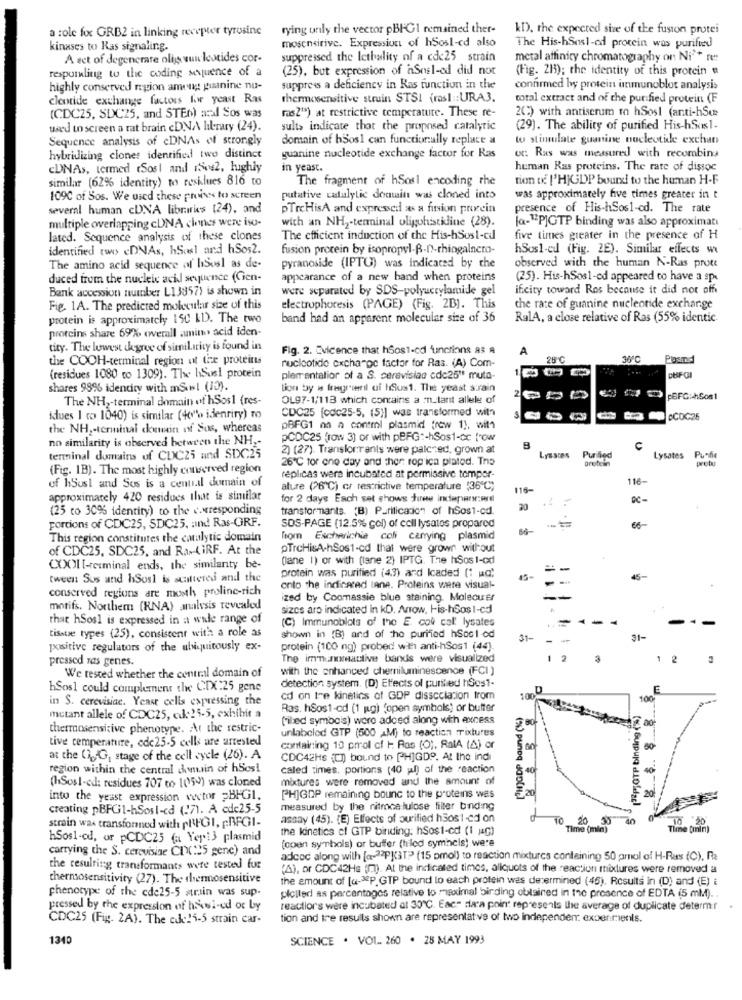
a :ole for GRB2 in linking recepter tyrosine
rying unly the vector pBIGI remained ther-
KD), the expected size of the fusion protei
moscneirive. Expression of hSosl-cd also
kinases to Ras signaling.
The His-hSosl-od protein was purified
A set of degenerate olig wuw lestides cor-
suppressed the Iethality of a cdc25 strain
metal affinity chromatography on Ni"* re
respurling to the coding sequence of a
(25), but expression of aSnel-ed did not
(Fig. 213); the identity of this protein
highly conserved region among guanine nu-
suppress a deficiency in Ras function in the
confirmed by protein inmunoblot analysis
cleotide exchange factors for yeast Ras
thermosensitive struin STSI (rosl :: URA3.
total extract and of the purified protein (F
ras2"") at restrictive temperature. These re-
2() with antiserum to hSosl (anti-hSee
(CDC25, SDC25, and STEn) azal Sos was
used to screen a rat brain cDNA library (24).
sults indicate that the proposed catalytic
(29). The ability of purified His-hSos1-
Sequence analysis of cDNAs of strongly
domain of hSos1 can functionally replace a
to stimulate guanine nucleotide exchan
hybridizing clones identified two distinct
guanine nucleotide exchange factor for Ras
ut: Ras was measured with recombina
CDNAs, termed tSos! and rovs2, highly
in yeast.
human Ras proteins. The rate of dissoc
similar (62% identity) to residues 816 to
The fragment of hSos1 encoding the
tion of ['H)GDP bourdi to the human H-F
109C of Sos. We used these proies to screen
putative catalytic dommin was cloned into
was approximately five times greater in t
several human cDNA libraries (24), and
pTrcHisA and expressed as a fusion pouzein
presence of His-hSos1-cd. The rate
with an NH2-terminal oligohistidine (28).
multiple overlapping cUNA clones were iso-
ja-"PJGTP binding was also approximati
lated. Sequence analysis of these clones
The efficient induction of the His-hSost-cd
five times greater in the presence of H
identified (w> DNAs, hSmal and hSos2.
fusion protein by isopropyl-B-D-rhiogalacto-
hSos1-ed (Fig. 2E). Similar effects w
The amino acid sequence of bSusl as de-
pyranoside (IPTU) was indicated by the
observed with the human N-Ras prote
duced from the nucleic acid sequence (Gen-
appearance of a new hand when proteins
(25). His-hSos1-od appeared to have a spr
Bank accession number L13857) is shown in
were separated by SDS-polyacrylamide gel
ifcity toward Res because it did not off
Fig. 1A. The predicted molecular size of this
electrophoresis (PAGE) (Fig. 2B). This
the rate of guanine nucleotide exchange
protein is approximately 150 kDD. The two
band had an apparent molecular size of 36
RalA, a close relative of Ras (55% identic.
proteins share 69% overall amino acid Iden-
tity. The lowest degree of similarity is found in
Fig. 2. Evicence that hSos1-cd functions as A
A
the COOH-terminal region of the proteints
nucleotide exchange factor for Ras. (A) Com-
28 ℃
36℃
(residues 1080 to 1309). The hSusi protein
plementalior of a S. cerevisiad cdc25" muta-
DUF CI
shares 98% idencity with mSul (10).
tion by a fragrveril of hSus1. The yeast strain
The NH2-terminal domain of hSos1 (res-
OL97-1/113 which contains a :n.tant allele of
pBFGi-hSos1
CDC25 [cdc25-5, (5)] was transformed with
idues 1 co 1040) is similar (46% idenriry) to
the NH ,- terminal ckumin of Sus, whereas
pBFG1 na a control plasmid (row 1], with
no similarity is observed between the NH ,-
pCDC25 (row 3) or with peFGt-hSos1-cc low
2) (27). Translorranis were palcred, grown at
B
C
terminal domains of CDC25 and SIXC:25
26℃ tor one day and then rop ica plated. The
Purified
Lysates Punfie
(Fig. 1B). The most highly conserved region
replicas were incubated at permissive tompor-
116-
of hSus1 and Sos is a centil domain of
ature (26℃) cr restrictive temperature (36 ℃;
116-
approximately 420 residues that is similar
for 2 days Each set shows firee indepers:mrd
(25 co 30% identity) to the c.wresponding
transfor mants. (B) Purification of hSos1-cd.
30
portions of CDC25, SDC25, and Ras-GRF.
SOS-PAGE (12.5% col) of coll lysatos propared
This region constitutes the catalytic domain
for Escherichia coli carrying plasmid
of CDC25, SDC25, and Raw-(iRF. At the
pTrcHisA-hSos1-cd that were grown without
(lane 1) or with (lane 2) IPTG. The hSos 1-od
COOL [-caminal ends, the similanty be-
tween Sus and host is scattered and the
protein was purified (43) and loaded [1 ud:
conserved regions are month proline-rich
ento the indicared tane. Proteins were visual-
ized by Coomassie blue staining. Molecuer
motifs. Northem (RNA) analysis revealed
sizes aro indicated in kD. Arrow, His-hSos 1-cd
that hSosl is expressed in a wide range of
(C) Immunoblots of the E. col cal' lysates
-
--
tissue types (25), consistent with a role as
shown in (B) and of the purified hSost od
31-
31-
positive regulators of the ubiquitously ex-
protein (100 ng) probed with anti-hSos1 (44).
pressed ras genes.
The immunomattive bands were visualized
2
1
2
with the enhanced chemiluminescence (FCI )
We rested whether the central domain of
detection system. (D) Effects of purified hSes1-
hSos1 could complement the CDC:25 gene
in S. cerevisiae. Yeast cells expressing the
od on tre kinetics of GDP dissociation from
Ras. hSos1-od (1 pg) "open symbols) or butter
[H]GDP bound (%)
3P OTP binding (%)
mutant allele of CDC25, cd:25-5, exhibit a
('ibed symbo's) were added along with excess
thermosensitive phenotype. At the restric-
unlabeled GTP (500 AM) to reaction mixtures
tive temperature, ode25-5 cells are arrested
containing 10 pmol cf H Ras (O), RalA (A) or
at the (1 G, stage of the cell cycle (26). A
CDC42HS (CT) bound to [H]GDP. At the indi
region within the central domain of hScsi
caled times, portions (40 ul) of the reaction
mixtures were removed and the amount of
(Sos)-cd: residues 707 to 1059) was cloned
20
into the yeast expression vector =BHG1.
PHJGDP remaining bound to the proteins was
Creating pBFGl-hSosi-cd (27). A cdc25-5
measured by the ritmoa lulose filter binding
assay (45). (E) Effects of purified hãos1-cd on
TO
an
10 20
strain was transformed with pREGI, ERFGI-
the kinetics cl GTP binding: hSos1-cd (1 jag)
Time (min)
20 30
Time [ınin)
hSos1-cd, or pCDC25 (a Yep!3 plasmid
carrying the S. cerevisise CI(:25 gene) and
(open symbols) or buffer (hled symbols) were
adcoc along with [a-32PJGT?" (15 pmol) to reaction mixtures containing 50 prol of H-Ras (O), Ra
the resulting transformants were tested for
(A), or CDC42Hs (m). At the indicated times, aliquots of the reaction mixtures were removed a
chermsosensitivity (27). The thermosensitive
the amount of [a-3P.GTP bound to each protein was determined (45). Results in (D) and (E)
phenotype of the cde25-5 #train was sup.
plclled as percentages relative to maximal birding obtained in the presence of EDTA (5 mM) ..
pressed by the expression of howi-od or by
reactions were incubated at 30℃. Eac- dara point represents the average of duplicate determ:r
CDC25 (Fig. 2A). The cde15-5 strain car-
tion and tre resulls shown are representative of two independer: expermenls.
1340
SCIENCE . VOL. 260 . 28 MAY 1993